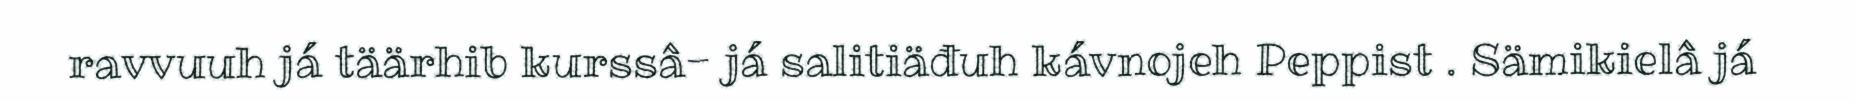
ravvuuh já täärhib kurssâ- já salitiäđuh kávnojeh Peppist . Sämikielâ já